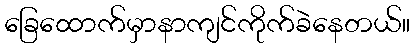
ခြေထောက်မှာနာကျင်ကိုက်ခဲနေတယ်။